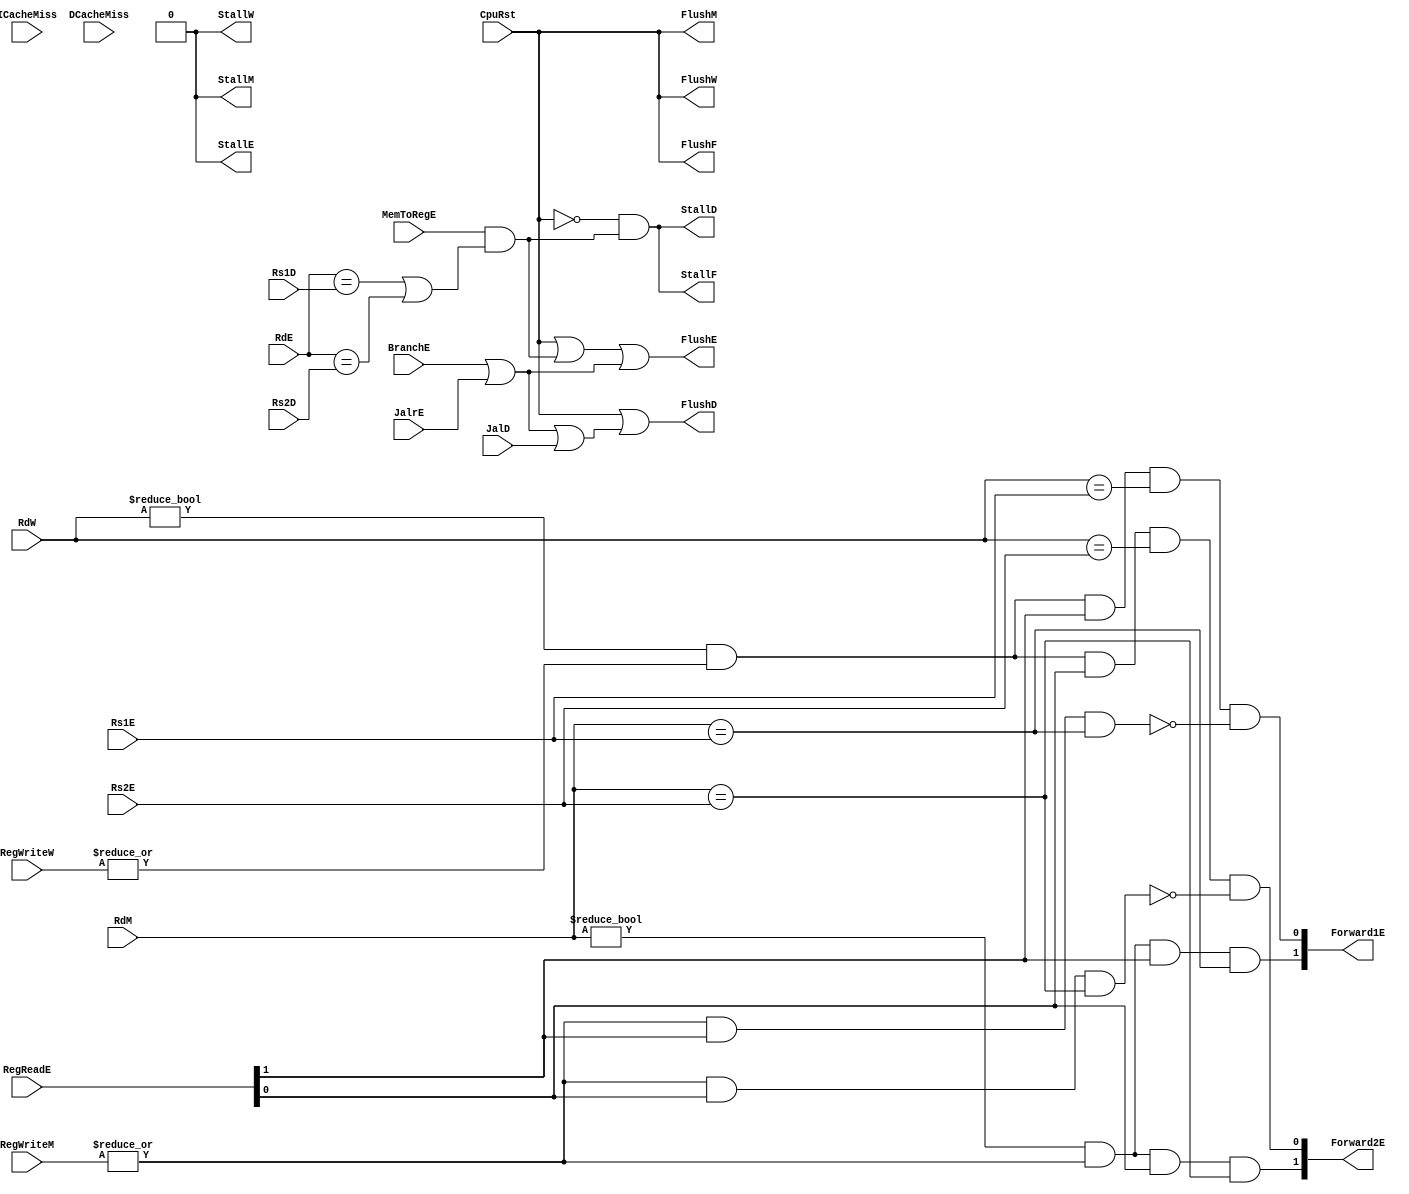
`timescale 1ns / 1ps
//////////////////////////////////////////////////////////////////////////////////
// Company: USTC ESLABEmbeded System Lab
// Design Name: RISCV-Pipline CPU
// Module Name: HarzardUnit
// Target Devices: Nexys4
// Tool Versions: Vivado 2017.4.1
// Description: Deal with harzards in pipline
//////////////////////////////////////////////////////////////////////////////////
module HarzardUnit(
    input wire CpuRst, ICacheMiss, DCacheMiss, 
    input wire BranchE, JalrE, JalD, 
    input wire [4:0] Rs1D, Rs2D, Rs1E, Rs2E, RdE, RdM, RdW,
    input wire [1:0] RegReadE,
    input wire MemToRegE,
    input wire [2:0] RegWriteM, RegWriteW,
    output reg StallF, FlushF, StallD, FlushD, StallE, FlushE, StallM, FlushM, StallW, FlushW,
    output reg [1:0] Forward1E, Forward2E
    );
    //Stall and Flush signals generate
	always@(*) begin
		//------------------------------------------------------------
		FlushF <= CpuRst;//IFPC
		FlushD <= CpuRst || (BranchE || JalrE || JalD);//IDIF/ID3
		FlushE <= CpuRst || (MemToRegE && (RdE == Rs1D || RdE == Rs2D)) || (BranchE || JalrE);//EX2
		FlushM <= CpuRst;//MEMEX/MEM
		FlushW <= CpuRst;//WBMEM/WB
		StallF <= ~CpuRst && (MemToRegE && (RdE == Rs1D || RdE == Rs2D));
		StallD <= ~CpuRst && (MemToRegE && (RdE == Rs1D || RdE == Rs2D));
		StallE <= 1'b0;
		StallM <= 1'b0;
		StallW <= 1'b0;
		//------------------------------------------------------------
		//ID
		//  IDbubble
		//ForwardRegWriteE0ALU
		//3MemToRegE
		//ALU1Forward
	end


	always@(*) begin
		//------------------------------------------------------------
		//EX
		//forward=2'b00
		//RegWriteM0MEMALU1forward=2'b01
		//RegWriteW0WB2forward=2'b11
		//0forward
		//Forward Register Source 1
		Forward1E[0] <= RdW != 0 && |RegWriteW && RegReadE[1] && (RdW == Rs1E) && ~(|RegWriteM && RegReadE[1] && (RdM == Rs1E));//Rs1E
		Forward1E[1] <= RdM != 0 && |RegWriteM && RegReadE[1] && (RdM == Rs1E);
		//Forward Register Source 2
		Forward2E[0] <= RdW != 0 && |RegWriteW && RegReadE[0] && (RdW == Rs2E) && ~(|RegWriteM && RegReadE[0] && (RdM == Rs2E));//Rs2E
		Forward2E[1] <= RdM != 0 && |RegWriteM && RegReadE[0] && (RdM == Rs2E);
	end
endmodule

//
    //HarzardUnitforward
    //CPUforwardstallflush 
//
    //CpuRst                                    CPUCpuRst==1CPUflushCpu_Rst==0cpu
    //ICacheMiss, DCacheMiss                    cache miss
    //BranchE, JalrE, JalD                      
    //Rs1D, Rs2D, Rs1E, Rs2E, RdE, RdM, RdW     12
    //RegReadE RegReadD[1]==1                   A1RegReadD[0]==1A2forward
    //RegWriteM, RegWriteW                      RegWrite!=3'b0
    //MemToRegE                                 Ex Data Memory
//
    //StallF, FlushF, StallD, FlushD, StallE, FlushE, StallM, FlushM, StallW, FlushW    stallflush
    //Forward1E, Forward2E                                                              forward
//  
    //HarzardUnit